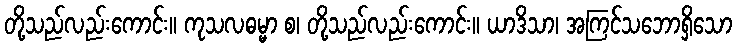
တို့သည်လည်းကောင်း။ ကုသလဓမ္မာ စ၊ တို့သည်လည်းကောင်း။ ယာဒိသာ၊ အကြင်သဘောရှိသော